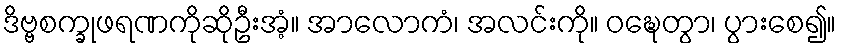
ဒိဗ္ဗစက္ခုဖရဏကိုဆိုဦးအံ့။ အာလောကံ၊ အလင်းကို။ ဝဍ္ဎေတွာ၊ ပွားစေ၍။